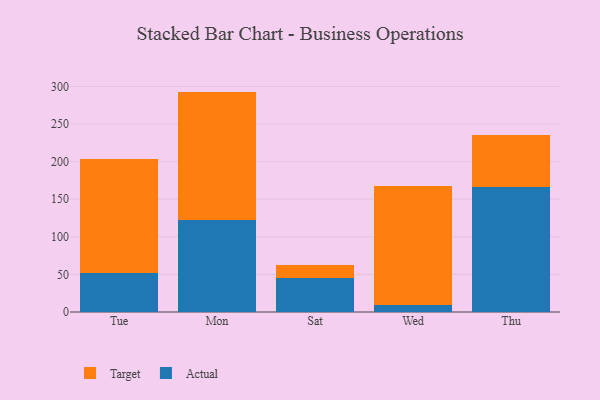
{"axis": {"x": "Day", "y": "Waste Production (Tons)"}, "legend": ["Actual", "Target"], "data": [{"x": "Tue", "y": 52.1, "type": "Actual"}, {"x": "Tue", "y": 151.1, "type": "Target"}, {"x": "Mon", "y": 122.4, "type": "Actual"}, {"x": "Mon", "y": 170.7, "type": "Target"}, {"x": "Sat", "y": 45.3, "type": "Actual"}, {"x": "Sat", "y": 17.1, "type": "Target"}, {"x": "Wed", "y": 9.8, "type": "Actual"}, {"x": "Wed", "y": 157.7, "type": "Target"}, {"x": "Thu", "y": 166.5, "type": "Actual"}, {"x": "Thu", "y": 69.2, "type": "Target"}]}